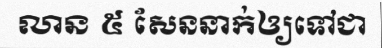
លាន ៥ សែននាក់ឲ្យទៅជា